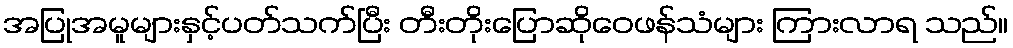
အပြုအမူများနှင့်ပတ်သက်ပြီး တီးတိုးပြောဆိုဝေဖန်သံများ ကြားလာရ သည်။